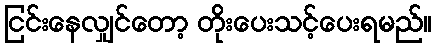
ငြင်းနေလျှင်တော့ တိုးပေးသင့်ပေးရမည်။